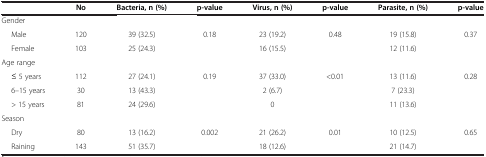
<table><thead><tr><td><b> </b></td><td><b>No</b></td><td><b>Bacteria, n (%)</b></td><td><b>p-value</b></td><td><b>Virus, n (%)</b></td><td><b>p-value</b></td><td><b>Parasite, n (%)</b></td><td><b>p-value</b></td></tr></thead><tbody><tr><td>Gender</td><td> </td><td> </td><td> </td><td> </td><td> </td><td> </td><td> </td></tr><tr><td>Male</td><td>120</td><td>39 (32.5)</td><td>0.18</td><td>23 (19.2)</td><td>0.48</td><td>19 (15.8)</td><td>0.37</td></tr><tr><td>Female</td><td>103</td><td>25 (24.3)</td><td> </td><td>16 (15.5)</td><td> </td><td>12 (11.6)</td><td> </td></tr><tr><td>Age range</td><td> </td><td> </td><td> </td><td> </td><td> </td><td> </td><td> </td></tr><tr><td>≤ 5 years</td><td>112</td><td>27 (24.1)</td><td>0.19</td><td>37 (33.0)</td><td>&lt;0.01</td><td>13 (11.6)</td><td>0.28</td></tr><tr><td>6–15 years</td><td>30</td><td>13 (43.3)</td><td> </td><td>2 (6.7)</td><td> </td><td>7 (23.3)</td><td> </td></tr><tr><td>&gt; 15 years</td><td>81</td><td>24 (29.6)</td><td> </td><td>0</td><td> </td><td>11 (13.6)</td><td> </td></tr><tr><td>Season</td><td> </td><td> </td><td> </td><td> </td><td> </td><td> </td><td> </td></tr><tr><td>Dry</td><td>80</td><td>13 (16.2)</td><td>0.002</td><td>21 (26.2)</td><td>0.01</td><td>10 (12.5)</td><td>0.65</td></tr><tr><td>Raining</td><td>143</td><td>51 (35.7)</td><td> </td><td>18 (12.6)</td><td> </td><td>21 (14.7)</td><td> </td></tr></tbody></table>